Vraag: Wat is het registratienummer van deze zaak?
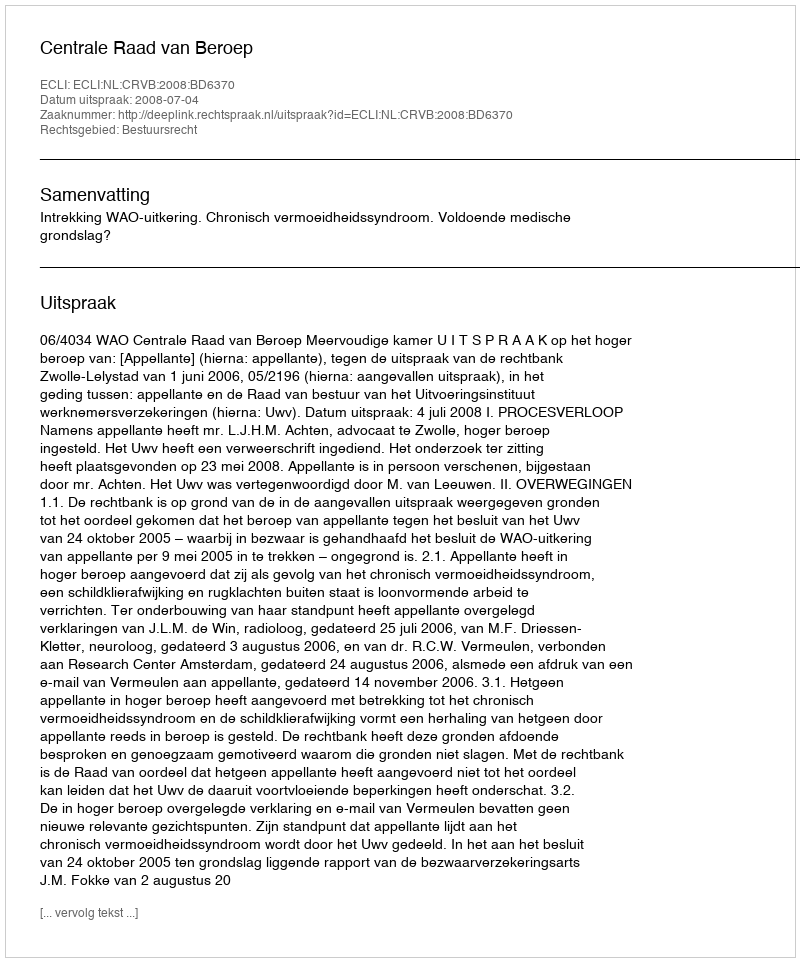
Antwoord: http://deeplink.rechtspraak.nl/uitspraak?id=ECLI:NL:CRVB:2008:BD6370